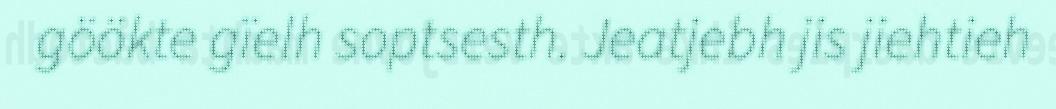
göökte gïelh soptsesth. Jeatjebh jis jiehtieh